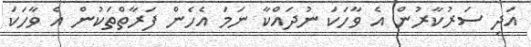
އަދި ސަރުކާރުން އެ ވާހަކަ ނުދައްކާ ނަމަ އެހެން ފަރާތްތަކުން އެ ވާހަކަ